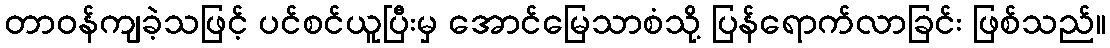
တာဝန်ကျခဲ့သဖြင့် ပင်စင်ယူပြီးမှ အောင်မြေသာစံသို့ ပြန်ရောက်လာခြင်း ဖြစ်သည်။